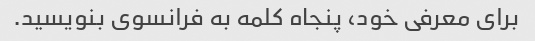
برای معرفی خود، پنجاه کلمه به فرانسوی بنویسید.